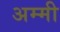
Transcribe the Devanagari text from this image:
अम्मी